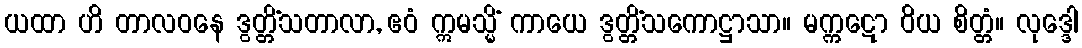
ယထာ ဟိ တာလဝနေ ဒွတ္တိံသတာလာ, ဧဝံ ဣမသ္မိံ ကာယေ ဒွတ္တိံသကောဋ္ဌာသာ။ မက္ကဋော ဝိယ စိတ္တံ။ လုဒ္ဒေါ